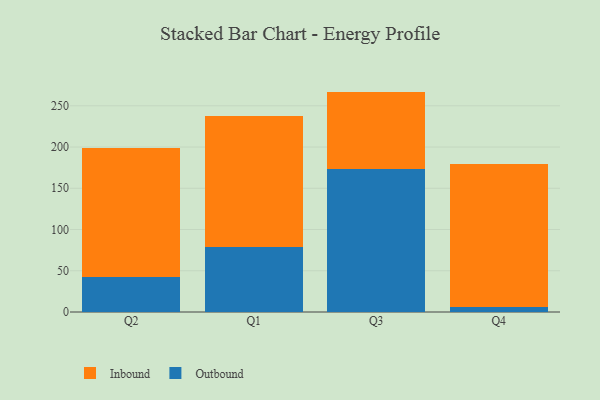
{"axis": {"x": "Quarter", "y": "Population (Million)"}, "legend": ["Inbound", "Outbound"], "data": [{"x": "Q2", "y": 42.0, "type": "Outbound"}, {"x": "Q2", "y": 156.9, "type": "Inbound"}, {"x": "Q1", "y": 79.3, "type": "Outbound"}, {"x": "Q1", "y": 158.6, "type": "Inbound"}, {"x": "Q3", "y": 173.6, "type": "Outbound"}, {"x": "Q3", "y": 93.6, "type": "Inbound"}, {"x": "Q4", "y": 5.8, "type": "Outbound"}, {"x": "Q4", "y": 174.0, "type": "Inbound"}]}